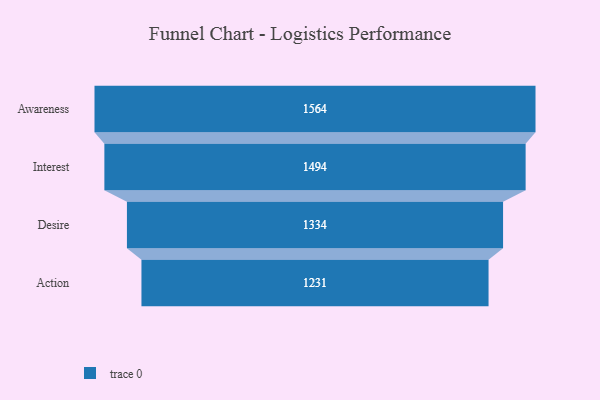
{"axis": {"x": "Stage", "y": "Value"}, "legend": [""], "data": [{"x": "Awareness", "y": 1564.0, "type": ""}, {"x": "Interest", "y": 1494.0, "type": ""}, {"x": "Desire", "y": 1334.0, "type": ""}, {"x": "Action", "y": 1231.0, "type": ""}]}